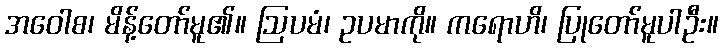
အဝေါစ၊ မိန့်တော်မူ၏။ ဩပမံ၊ ဥပမာကို။ ကရောဟိ၊ ပြုတော်မူပါဦး။